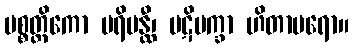
ပစ္စတ္ထိကော ပရိပန္ထီ၊ ပဋိပက္ခာ ဟိတာပရော။